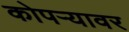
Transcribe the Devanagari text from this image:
कोपऱ्यावर